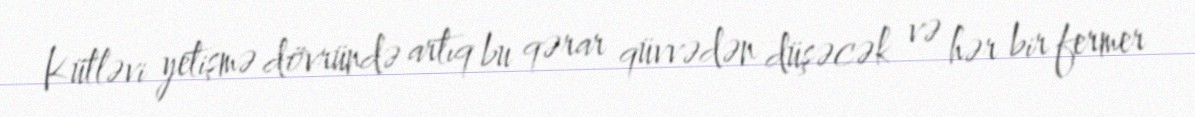
Kütləvi yetişmə dövründə artıq bu qərar qüvvədən düşəcək və hər bir fermer